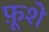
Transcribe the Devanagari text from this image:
फ़ूशे